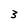
Character: 3